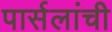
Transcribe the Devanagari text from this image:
पार्सलांची